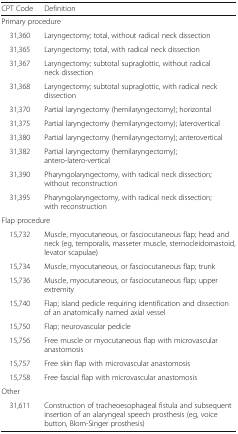
<table><thead><tr><td><b>CPT Code</b></td><td><b>Definition</b></td></tr></thead><tbody><tr><td colspan="2">Primary procedure</td></tr><tr><td> 31,360</td><td>Laryngectomy; total, without radical neck dissection</td></tr><tr><td> 31,365</td><td>Laryngectomy; total, with radical neck dissection</td></tr><tr><td> 31,367</td><td>Laryngectomy; subtotal supraglottic, without radical neck dissection</td></tr><tr><td> 31,368</td><td>Laryngectomy; subtotal supraglottic, with radical neck dissection</td></tr><tr><td> 31,370</td><td>Partial laryngectomy (hemilaryngectomy); horizontal</td></tr><tr><td> 31,375</td><td>Partial laryngectomy (hemilaryngectomy); laterovertical</td></tr><tr><td> 31,380</td><td>Partial laryngectomy (hemilaryngectomy); anterovertical</td></tr><tr><td> 31,382</td><td>Partial laryngectomy (hemilaryngectomy); antero-latero-vertical</td></tr><tr><td> 31,390</td><td>Pharyngolaryngectomy, with radical neck dissection; without reconstruction</td></tr><tr><td> 31,395</td><td>Pharyngolaryngectomy, with radical neck dissection; with reconstruction</td></tr><tr><td colspan="2">Flap procedure</td></tr><tr><td> 15,732</td><td>Muscle, myocutaneous, or fasciocutaneous flap; head and neck (eg, temporalis, masseter muscle, sternocleidomastoid, levator scapulae)</td></tr><tr><td> 15,734</td><td>Muscle, myocutaneous, or fasciocutaneous flap; trunk</td></tr><tr><td> 15,736</td><td>Muscle, myocutaneous, or fasciocutaneous flap; upper extremity</td></tr><tr><td> 15,740</td><td>Flap; island pedicle requiring identification and dissection of an anatomically named axial vessel</td></tr><tr><td> 15,750</td><td>Flap; neurovascular pedicle</td></tr><tr><td> 15,756</td><td>Free muscle or myocutaneous flap with microvascular anastomosis</td></tr><tr><td> 15,757</td><td>Free skin flap with microvascular anastomosis</td></tr><tr><td> 15,758</td><td>Free fascial flap with microvascular anastomosis</td></tr><tr><td colspan="2">Other</td></tr><tr><td> 31,611</td><td>Construction of tracheoesophageal fistula and subsequent insertion of an alaryngeal speech prosthesis (eg, voice button, Blom-Singer prosthesis)</td></tr></tbody></table>